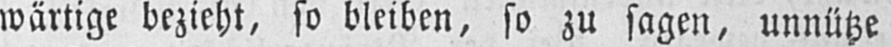
wärtige bezieht, so bleiben, so zu sagen, unnütze